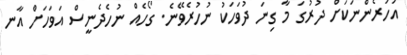
އަހަރެންނަކަށް ދުރުގަ މާ ގިނަ ދުވަހަކު ނުހުރެވޭނެ. ގޯހެއް ނުހެދެނީސް އަވަހަށް އާނ